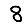
Digit: 8